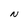
Character: N